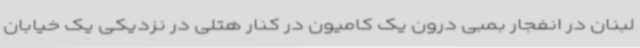
لبنان در انفجار بمبی درون یک کامیون در کنار هتلی در نزدیکی یک خیابان